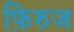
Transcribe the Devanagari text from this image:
फ़िरुज